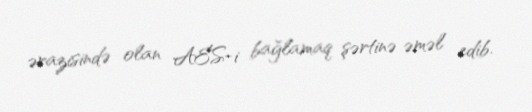
ərazisində olan AES-i bağlamaq şərtinə əməl edib.